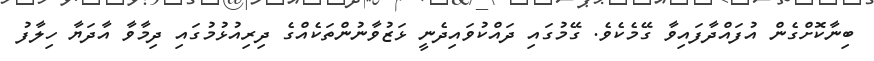
ބިނާކޮށްގެން އުފައްދާފައިވާ ގޭމެކެވެ. ގޭމުގައި ދައްކުވައިދެނީ ޅަޒުވާނުންތަކެއްގެ ދިރިއުޅުމުގައި ދިމާވާ އާދަޔާ ހިލާފު